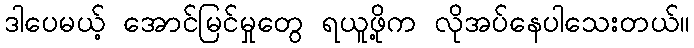
ဒါပေမယ့် အောင်မြင်မှုတွေ ရယူဖို့က လိုအပ်နေပါသေးတယ်။